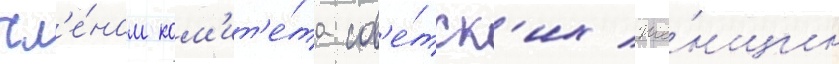
чл'е́ном ком'ит'е́та сов'е́тск'их же́нщин